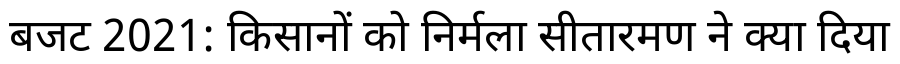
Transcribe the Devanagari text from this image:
बजट 2021: किसानों को निर्मला सीतारमण ने क्या दिया